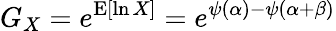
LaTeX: G_{X}=e^{\operatorname{E}[\ln X]}=e^{\psi(\alpha)-\psi(\alpha+\beta)}